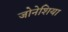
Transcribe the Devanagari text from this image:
जोनेशिया